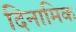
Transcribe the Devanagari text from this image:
दिनामिक